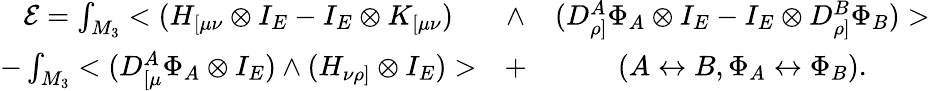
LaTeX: \begin{array}{ccc}{{{\cal E}=\int_{M_{3}}<(H_{[\mu\nu}\otimes I_{E}-I_{E}\otimes K_{[\mu\nu})}}&{{\wedge}}&{{(D_{\rho]}^{A}\Phi_{A}\otimes I_{E}-I_{E}\otimes D_{\rho]}^{B}\Phi_{B})>}}\\ {{-\int_{M_{3}}<(D_{[\mu}^{A}\Phi_{A}\otimes I_{E})\wedge(H_{\nu\rho]}\otimes I_{E})>}}&{{+}}&{{(A\leftrightarrow B,\Phi_{A}\leftrightarrow\Phi_{B}).}}\end{array}